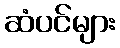
ဆံပင်များ